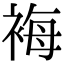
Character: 𧚀